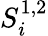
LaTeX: {S_{i}^{1,2}}